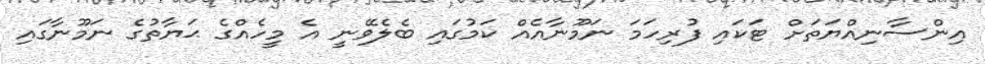
އިންސާނިއްޔަތަށް ޓަކައި ފުރިހަމަ ނަމޫނާއެއް ކަމުގައި ބެލެވޭނީ އެ މީހެއްގެ ޙަޔާތުގެ ނަމޫނާގައި